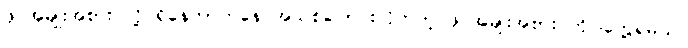
ဖိုင်အမျိုးအစား လို့ ရှိနေတာကနေ အသစ်ပြောင်းလိုက်တဲ့ ဖိုင်အမျိုးအစား ကိုပါတွေ့ရမယ်။